Civil Veterinary Dept. Bombay admin report 1900-1906 - 1900-1906
Year: 1900
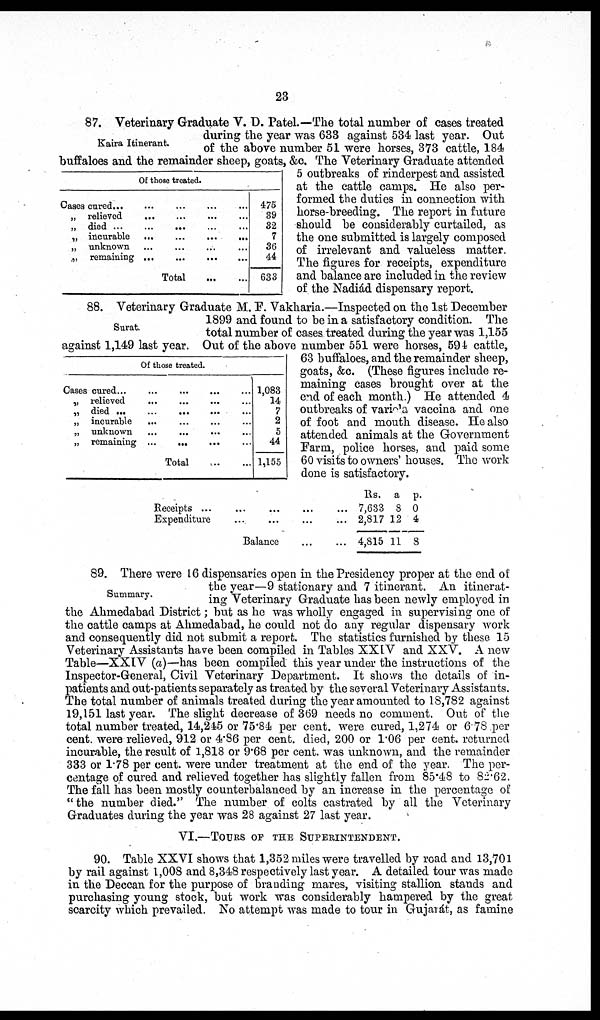
23
Kaira Itinerant.
Of those treated.
Oases cured... ... ... ... ...
„ relieved ... ... ... ...
„ died ... ... ... ... ...
„ incurable ... ... ... ...
„ unknown ... ... ... ...
„ remaining ... ... ... ...
Total ... ...
475
39
32
7
36
44
633
87. Veterinary Graduate V. D. Patel.—The total number of cases treated
during the year was 633 against 534 last year. Out
of the above number 51 were horses, 373 cattle, 184
buffaloes and the remainder sheep, goats, &c. The Veterinary Graduate attended
5 outbreaks of rinderpest and assisted
at the cattle camps. He also per-
formed the duties in connection with
horse-breeding. The report in future
should be considerably curtailed, as
the one submitted is largely composed
of irrelevant and valueless matter.
The figures for receipts, expenditure
and balance are included in the review
of the Nadiád dispensary report.
Surat.
Of those treated.
Cases cured ... ... ... ... ...
„ relieved ... ... ...
„ died ...
...
...
...
„ incurable ... ... ...
„ unknown ... ... ...
„ remaining ...
...
Total ... ...
1,083
14
7
2
5
44
1,155
88. Veterinary Graduate M. F. Vakharia.—Inspected on the 1st December
1899 and found to be in a satisfactory condition. The
total number of cases treated during the year was 1,155
against 1,149 last year. Out of the above number 551 were horses, 594 cattle,
63 buffaloes, and the remainder sheep,
goats, &c. (These figures include re-
maining cases brought over at the
end of each month.) He attended 4
outbreaks of varicla, vaccina and one
of foot and mouth disease. He also
attended animals at the Government
Farm, police horses, and paid some
60 visits to owners' houses. The work
done is satisfactory.
Receipts ... ... ... ...
Expenditure ... ... ...
Balance ... ... ... ...
Rs.
7,633
2,817
4,815
a
8
12
11
p.
0
4
8
Summary.
89. There were 16 dispensaries open in the Presidency proper at the end of
the year—9 stationary and 7 itinerant. An itinerat-
ing Veterinary Graduate has been newly employed in
the Ahmedabad District; but as he was wholly engaged in supervising one of
the cattle camps at Ahmedabad, he could not do any regular dispensary work
and consequently did not submit a report. The statistics furnished by these 15
Veterinary Assistants have been compiled in Tables XXIV and XXV. A new
Table—XXIV (a)—has been compiled this year under the instructions of the
Inspector-General, Civil Veterinary Department. It shows the details of in-
patients and out-patients separately as treated by the several Veterinary Assistants.
The total number of animals treated during the year amounted to 18,782 against
19,151 last year. The slight decrease of 369 needs no comment. Out of the
total number treated, 14,245 or 75.84 per cent. were cured, 1,274 or 6.78 per
cent. were relieved, 912 or 4.86 per cent. died, 200 or 1.06 per cent. returned
incurable, the result of 1,818 or 9.68 per cent. was unknown, and the remainder
333 or 1.78 per cent. were under treatment at the end of the year. The per-
centage of cured and relieved together has slightly fallen from 85.48 to 82.62.
The fall has been mostly counterbalanced by an increase in the percentage of
"the number died." The number of colts castrated by all the Veterinary
Graduates during the year was 28 against 27 last year.
VI.—TOURS OF THE SUPERINTENDENT.
90. Table XXVI shows that 1,352 miles were travelled by road and 13,701
by rail against 1,008 and 8,348 respectively last year. A detailed tour was made
in the Deccan for the purpose of branding mares, visiting stallion stands and
purchasing young stock, but work was considerably hampered by the great
scarcity which prevailed. No attempt was made to tour in Gujarát, as famine